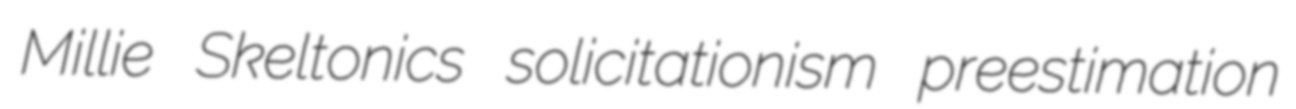
Millie Skeltonics solicitationism preestimation